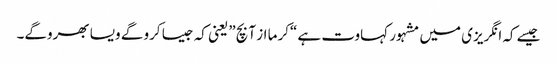
جیسے کہ انگریزی میں مشہور کہاوت ہے “کرما از آ بچ” یعنی کہ جیسا کرو گے ویسا بھروگے۔